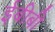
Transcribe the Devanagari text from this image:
ईबीबी